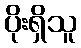
ပိုးရှိသူ